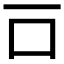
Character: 𠮛